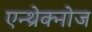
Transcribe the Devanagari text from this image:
एन्थ्रेक्नोज